Medical and sanitary report of the native army of Madras for the year
Year: 1872
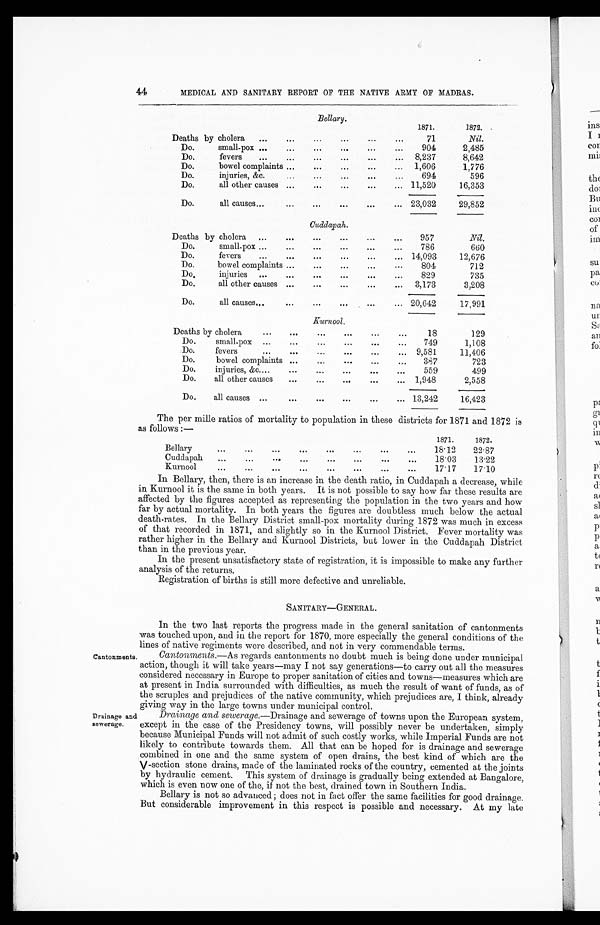
44
MEDICAL AND SANITARY REPORT OF THE NATIVE ARMY OF MADRAS.
Bellary.
1871.
1872.
Death by cholera
...
...
...
...
...
71
Nil.
Do. small-pox
...
...
...
904
2,485
Do. fevers
....
...
...
...
... 8,237
8,642
Do. bowel complaints ...
...
...
...
... 1,606
1,776
Do. injuries, &c.
...
...
...
...
...
694
596
Do. all other causes ...
...
...
...
... 11,520
16,353
Do. all causes...
...
...
... 23,032
29,852
Cuddapah.
Deaths by cholera
...
...
...
...
...
...
957
Nil.
Do. small-pox ...
...
...
...
...
786
660
Do. fevers
...
...
...
...
...
14,093
12,676
Do. bowel complaints ...
...
...
...
804
712
Do. injuries
...
...
...
...
...
...
829
735
Do. all other causes ...
...
...
...
3,173
3,208
Do. all causes...
...
...
...
...
... 20,642
17,991
Kurnool.
Deaths by cholera
...
...
...
...
...
18
129
Do. small-pox ......
...
...
..
...
749
1,108
Do. fevers
...
...
...
...
... 9,581
11,406
Do. bowel complaints ......
...
...
...
387
723
Do.
injuries, &c.......
...
559
499
Do. all other causes
...
...
...
. . .
1,948
2,558
Do all causes ...
...
...
...
...
. . .
13,242
16,423
The per mile ratios of mortality to population in these districts for 1871 and 1872 is
as follows :—
1871.
1872.
Bellary
...
...
...
...
...
...
18.12
22.87
Cuddapah
...
...
...
...
...
...
18.03
13.22
Kurnool
...
...
...
...
17.17
17.10
In Bellary, then, there is an increase in the death ratio, in Cuddapah a decrease, while
in Kurnool it is the same in both years. It is not possible to say how far these results are
affected by the figures accepted as representing the population in the two years and how
far by actual mortality. In both years the figures are doubtless much below the actual
death-rates. In the Bellary District small-pox mortality during 1872 was much in excess
of that recorded in 1871, and slightly so in the Kurnool District. Fever mortality was
rather higher in the Bellary and Kurnool Districts, but lower in the Cuddapah District
than in the previous year.
In the present unsatisfactory state of registration, it is impossible to make any further
analysis of the returns.
Registration of births is still more defective and unreliable.
SANITARY—GENERAL.
Cantonments.
Drainage and
sewerage.
In the two last reports the progress made in the general sanitation of cantonments
was touched upon, and in the report for 1870, more especially the general conditions of the
lines of native regiments were described, and not in very commendable terms.
Cantonments .—As regards cantonments no doubt much is being done under municipal
action, though it will take years—may I not say generations—to carry out all the measures
considered necessary in Europe to proper sanitation of cities and towns—measures which are
at present in India surrounded with difficulties, as much the result of want of funds, as of
the scruples and prejudices of the native community . , which prejudices are, I think, already
giving way in the large towns under municipal control.
Drainage and sewerage .—Drainage and sewerage of towns upon the European system,
except in the case of the Presidency towns, will possibly never be undertaken, simply
because Municipal Funds will not admit of such costly works, while Imperial Funds are not
likely to contribute towards them. All that can be hoped for is drainage and sewerage
combined in one and the same system of open drains, the best kind of which are the
V-section stone drains, made of the laminated rocks of the country, cemented at the joints
by hydraulic cement. This system of drainage is gradually being extended at Bangalore,
which is even now one of the, if not the best, drained town in Southern India.
Bellary is not so advanced; does not in fact offer the same facilities for good drainage.
But considerable improvement in this respect is possible and necessary. At my late